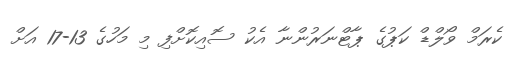
ކެރަމް ވޯލްޑް ކަޕުގެ ޕާޓްނަރުންނާ އެކު ސޮއިކޮށްފި މި މަހުގެ 13-17 އަށް